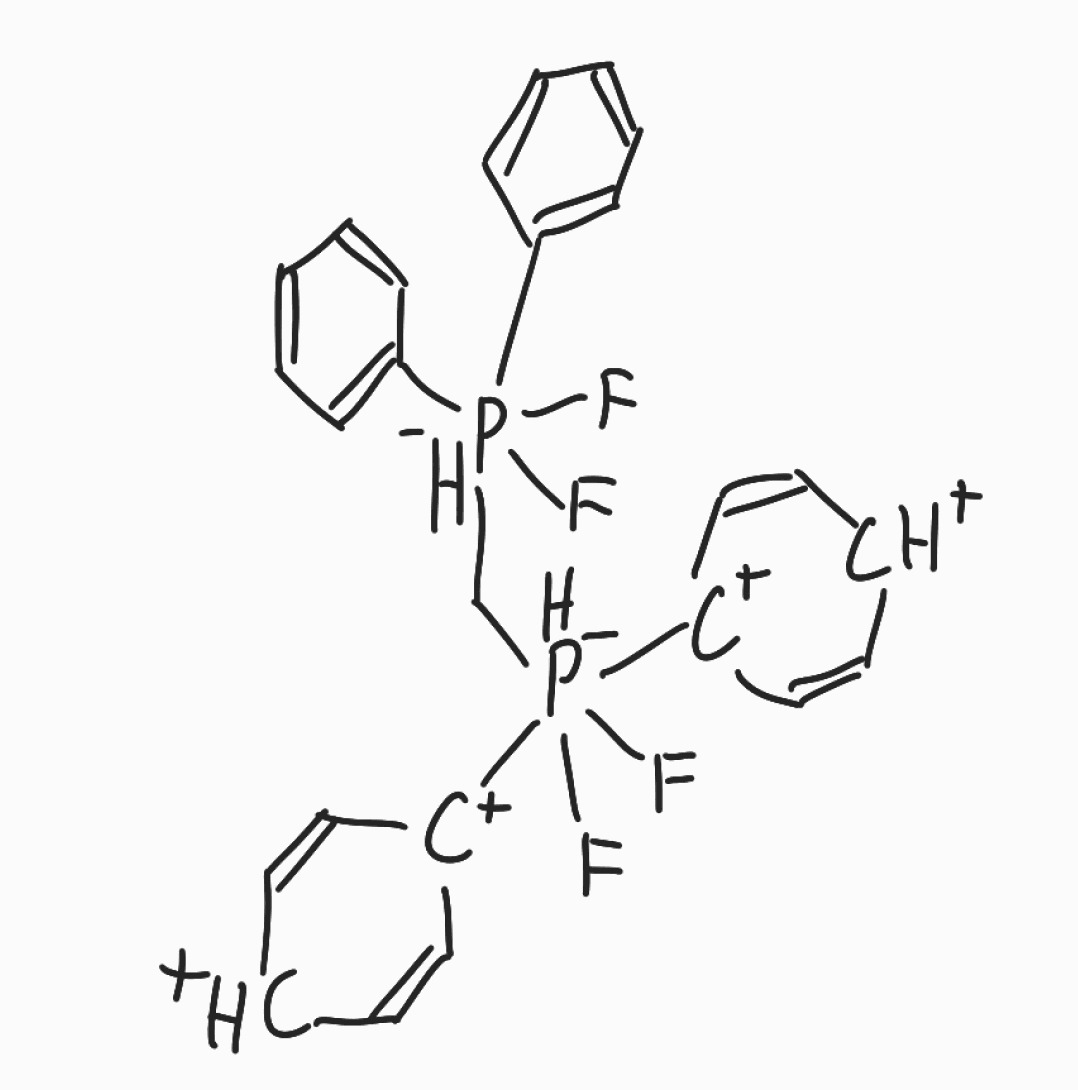
Simplified molecular-input line-entry system (SMILES) notation of the given molecule:
C1=CC=C(C=C1)[PH-](C[PH-]([C+]2C=C[CH+]C=C2)([C+]3C=C[CH+]C=C3)(F)F)(C4=CC=CC=C4)(F)F